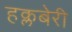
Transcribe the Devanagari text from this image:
हक्लबेरी